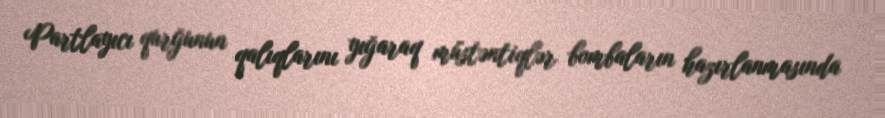
Partlayıcı qurğunun qalıqlarını yığaraq müstəntiqlər bombaların hazırlanmasında